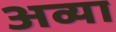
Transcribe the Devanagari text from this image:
अव्या